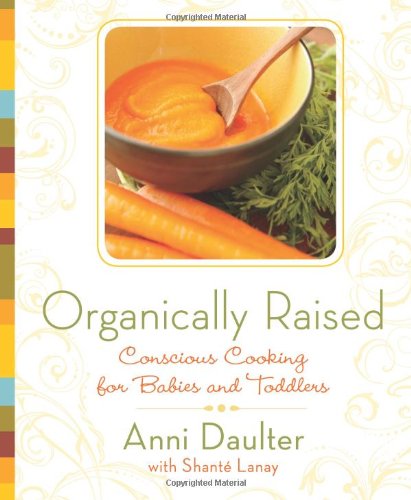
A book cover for Organically Raised: Conscious Cooking for Babies and Toddlers; Anni Daulter; Cookbooks, Food & Wine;